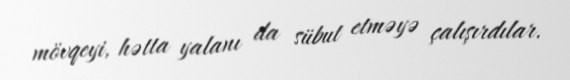
mövqeyi, hətta yalanı da sübut etməyə çalışırdılar.